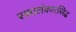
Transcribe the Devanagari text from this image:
रसालंकारसिद्ध